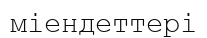
міендеттері